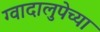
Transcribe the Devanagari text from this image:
ग्वादालुपेच्या